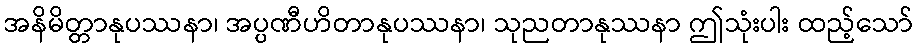
အနိမိတ္တာနုပဿနာ၊ အပ္ပဏီဟိတာနုပဿနာ၊ သုညတာနုဿနာ ဤသုံးပါး ထည့်သော်